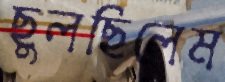
ছুলছিলেম